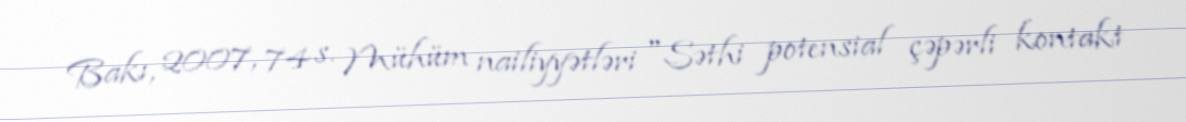
Bakı, 2007, 74 s. Mühüm nailiyyətləri "Səthi potensial çəpərli kontakt